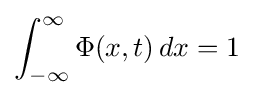
\int _{-\infty }^{\infty }\Phi (x,t)\,dx=1